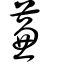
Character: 蒹